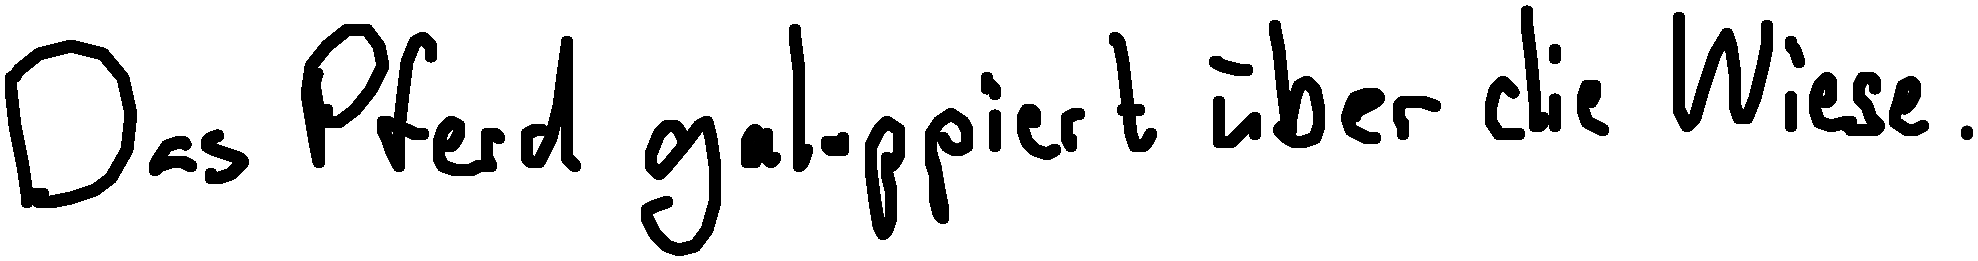
Das Pferd galoppiert über die Wiese.